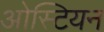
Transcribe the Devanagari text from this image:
ओस्टियन